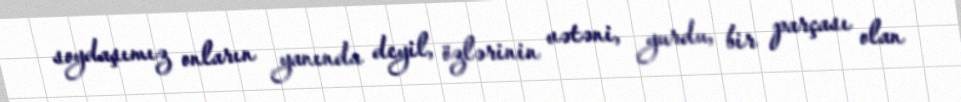
soydaşımız onların yanında deyil, özlərinin vətəni, yurdu, bir parçası olan